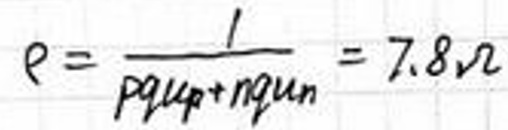
$\rho=\frac{1}{p q \mu_{p}+n q \mu_{n}}=7.8 \Omega$